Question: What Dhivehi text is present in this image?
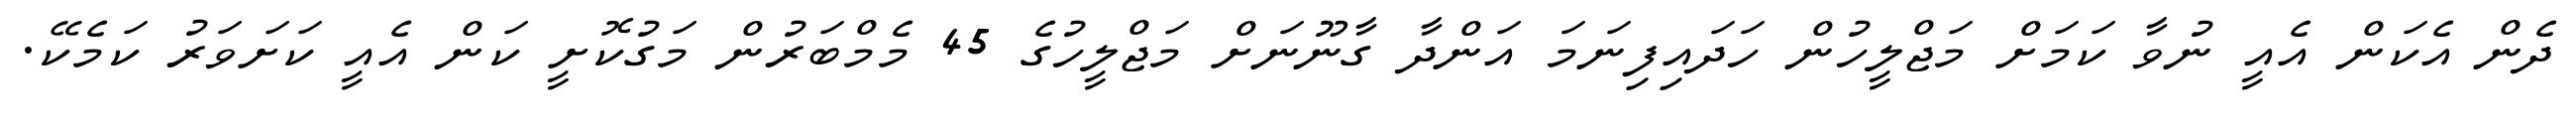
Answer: ދެން އެކަން އެއީ ނުވާ ކަމަށް މަޖްލީހުން ހަދައިފިނަމަ އަންދާ ގާނޫނަށް މަޖްލީހުގެ 45 މެމްބަރުން މަގުކޮށީ ކަން އެއީ ކަށަވަރު ކަމެކޭ.